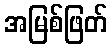
အမြစ်ဖြတ်